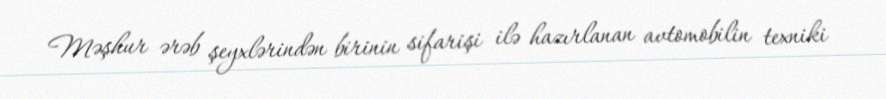
Məşhur ərəb şeyxlərindən birinin sifarişi ilə hazırlanan avtomobilin texniki